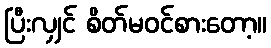
ပြီးလျှင် စိတ်မဝင်စားတော့။